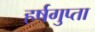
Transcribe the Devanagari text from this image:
हर्षगुप्ता